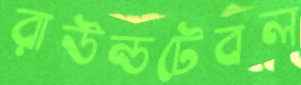
রাউন্ডটেবল